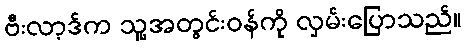
ဗီးလာ့ဒ်က သူ့အတွင်းဝန်ကို လှမ်းပြောသည်။